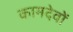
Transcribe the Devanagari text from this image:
कामदेवों